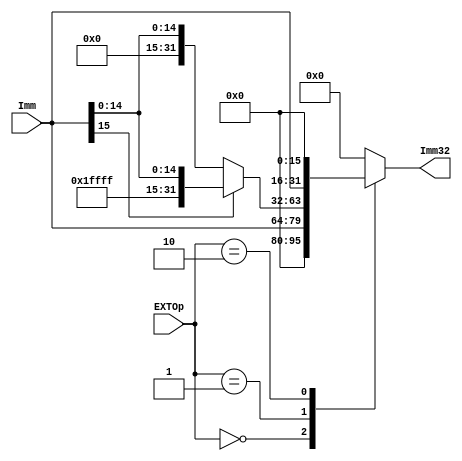
module EXT(
    input [15:0]Imm,
    input [1:0]EXTOp,
    output reg [31:0]Imm32
);
    always@(*)begin
      case(EXTOp)
        2'b00: Imm32 = {16'b0, Imm};
        2'b01: Imm32 = Imm[15]?{~16'b0, Imm}:{16'b0, Imm};
        2'b10: Imm32 = {Imm, 16'b0};
        default:
            Imm32 = 32'b0;
      endcase
    end




endmodule